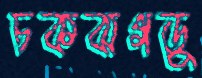
চকঝগড়ু